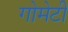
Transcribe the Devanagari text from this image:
गोमेटी